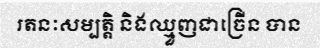
រតនៈសម្បត្តិ និងឈ្មួញជាច្រើន បាន